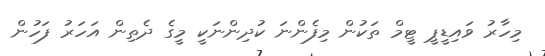
މިހާރު ވައިޑީޕީ ޓީމް ތަކުން މިފެންނަ ކުދިންނަކީ މީގެ ދެތިން އަހަރު ފަހުން